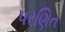
પરણિત